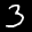
Label: 3